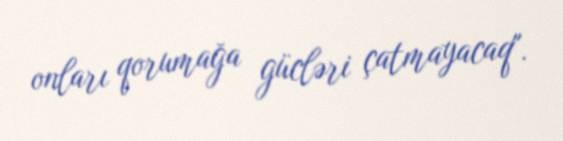
onları qorumağa gücləri çatmayacaq".